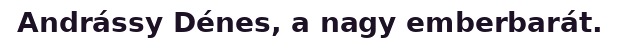
Andrássy Dénes, a nagy emberbarát.